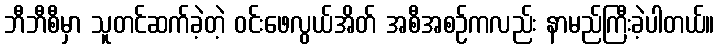
ဘီဘီစီမှာ သူတင်ဆက်ခဲ့တဲ့ ဝင်းဖေလွယ်အိတ် အစီအစဉ်ကလည်း နာမည်ကြီးခဲ့ပါတယ်။